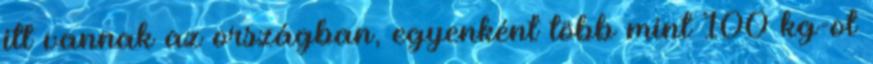
itt vannak az országban, egyenként több mint 100 kg-ot